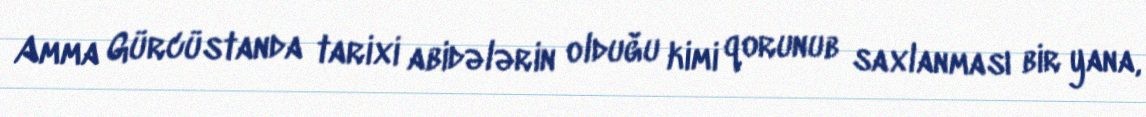
Amma Gürcüstanda tarixi abidələrin olduğu kimi qorunub saxlanması bir yana,